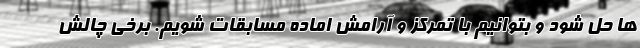
ها حل شود و بتوانیم با تمرکز و آرامش اماده مسابقات شویم. برخی چالش